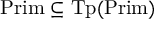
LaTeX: { \mathrm { P r i m } } \subseteq { \mathrm { T p } } ( { \mathrm { P r i m } } )